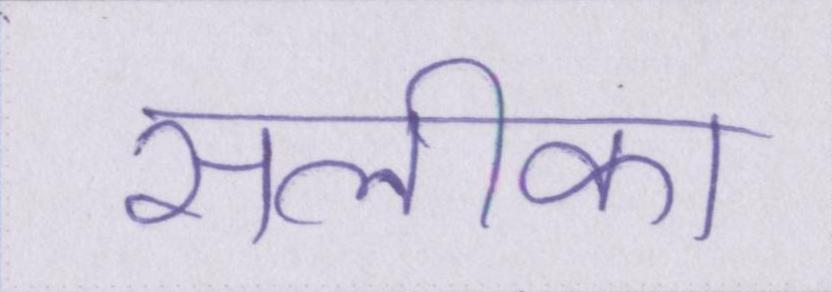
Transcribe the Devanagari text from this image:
सलीका